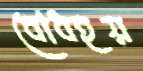
বোধহয়